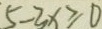
5 - 3 x \geq 0